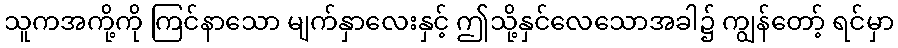
သူကအကို့ကို ကြင်နာသော မျက်နှာလေးနှင့် ဤသို့နှင်လေသောအခါ၌ ကျွန်တော့် ရင်မှာ